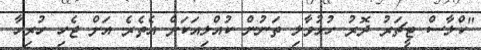
"ކްލާސް ޓީޗަރު ދޮރު ހުޅުވާލި ތަނުން ކުއްލިއަކަށް އެތެރެ އަށް ޖެހި ހުރިހާ